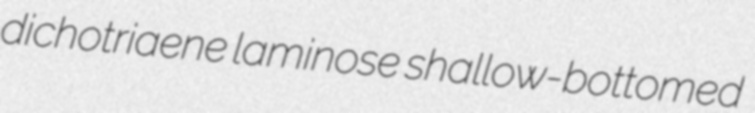
dichotriaene laminose shallow-bottomed